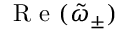
\textrm { R e } ( \tilde { \omega } _ { \pm } )